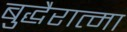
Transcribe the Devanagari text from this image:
बुद्धैरात्मा